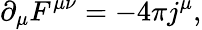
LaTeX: \partial_{\mu}F^{\mu\nu}=-4\pi j^{\mu},